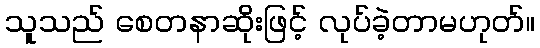
သူသည် စေတနာဆိုးဖြင့် လုပ်ခဲ့တာမဟုတ်။